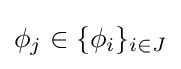
\phi _{j}\in \{\phi _{i}\}_{i\in J}